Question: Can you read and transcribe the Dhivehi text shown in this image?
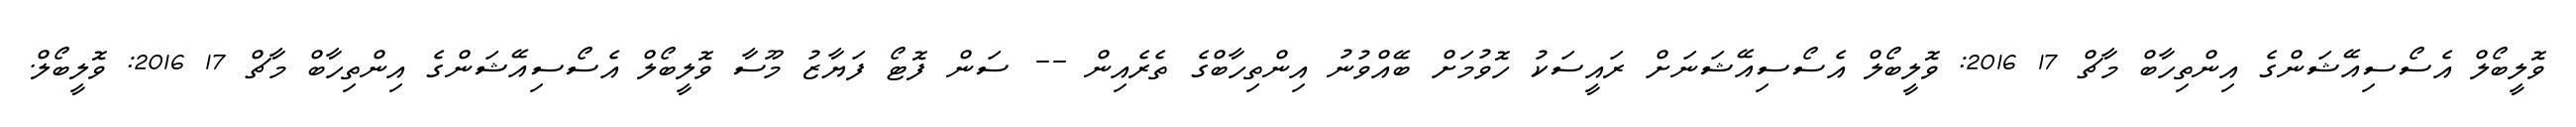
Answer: ވޮލީބޯލް އެސޯސިއޭޝަންގެ އިންތިހާބް މާޗް 17 2016: ވޮލީބޯލް އެސޯސިއޭޝަނަށް ރައީސަކު ހޮވުމަށް ބޭއްވުނު އިންތިހާބްގެ ތެރެއިން -- ސަން ފޮޓޯ ފަޔާޒު މޫސާ ވޮލީބޯލް އެސޯސިއޭޝަންގެ އިންތިހާބް މާޗް 17 2016: ވޮލީބޯލް.